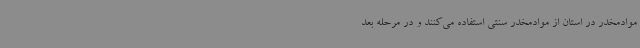
موادمخدر در استان از موادمخدر سنتی استفاده می‌کنند و در مرحله بعد